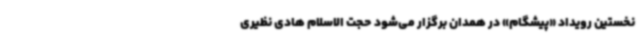
نخستین رویداد «پیشگام» در همدان برگزار می‌شود حجت الاسلام هادی نظیری